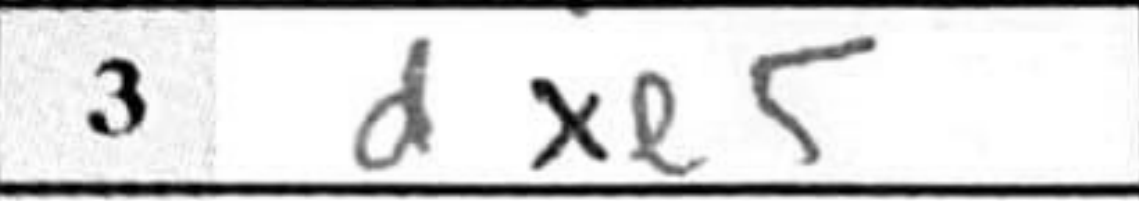
Transcription: dxe5